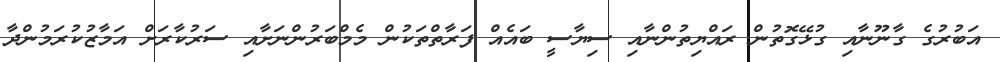
އަބުރުގެ ގާނޫނާއި ގުޅޭގޮތުން ރައްޔިތުންނާއި ސިޔާސީ ބައެއް ފަރާތްތަކުން މެމްބަރުންނަށާއި ސަރުކާރަށް އަމާޒުކުރަމުންދާ